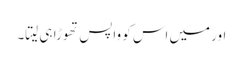
اور میں اس کو واپس تھوڑا ہی لیتا۔